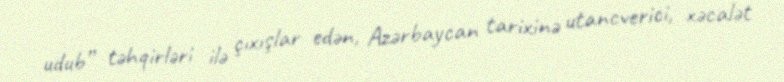
udub” təhqirləri ilə çıxışlar edən, Azərbaycan tarixinə utancverici, xəcalət